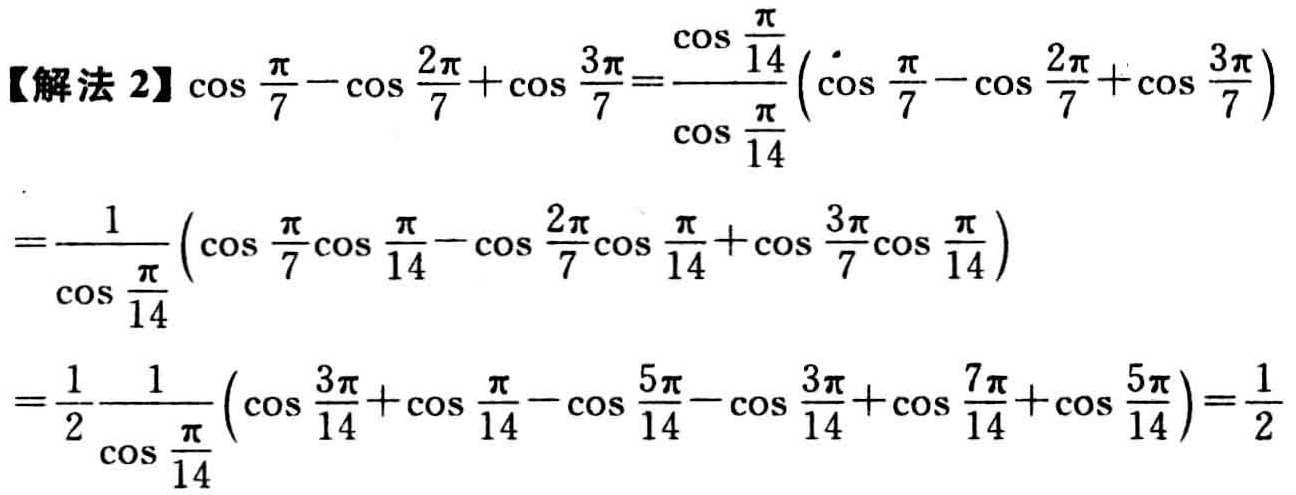
【解法 2】\(\cos\frac{\pi}{7}-\cos\frac{2\pi}{7}+\cos\frac{3\pi}{7}=\frac{\cos\frac{\pi}{14}}{\cos\frac{\pi}{14}}(\cos\frac{\pi}{7}-\cos\frac{2\pi}{7}+\cos\frac{3\pi}{7})\)

\(=\frac{1}{\cos\frac{\pi}{14}}(\cos\frac{\pi}{7}\cos\frac{\pi}{14}-\cos\frac{2\pi}{7}\cos\frac{\pi}{14}+\cos\frac{3\pi}{7}\cos\frac{\pi}{14})\)

\(=\frac{1}{2}\frac{1}{\cos\frac{\pi}{14}}(\cos\frac{3\pi}{14}+\cos\frac{\pi}{14}-\cos\frac{5\pi}{14}-\cos\frac{3\pi}{14}+\cos\frac{7\pi}{14}+\cos\frac{5\pi}{14})=\frac{1}{2}\)